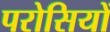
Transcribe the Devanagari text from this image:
परोसियों